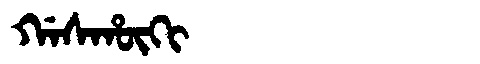
Manchu: ᡤᠠᠰᡥᡡᡴᡳ
Romanization: GASHŪKI